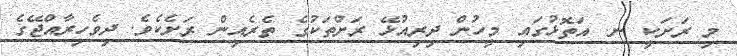
މި ރަށަކީ ނ. އަތޮޅުގައި މީހުން ދިރިއުޅޭ ރަށްތަކުގެ ތެރެއިން ރަށެކެވެ. ދިވެހިރާއްޖޭގެ